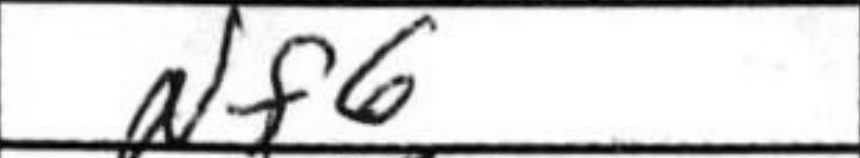
Transcription: Nf6